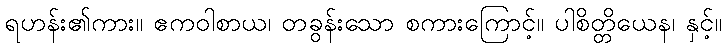
ရဟန်း၏ကား။ ဧကဝါစာယ၊ တခွန်းသော စကားကြောင့်။ ပါစိတ္တိယေန၊ နှင့်။